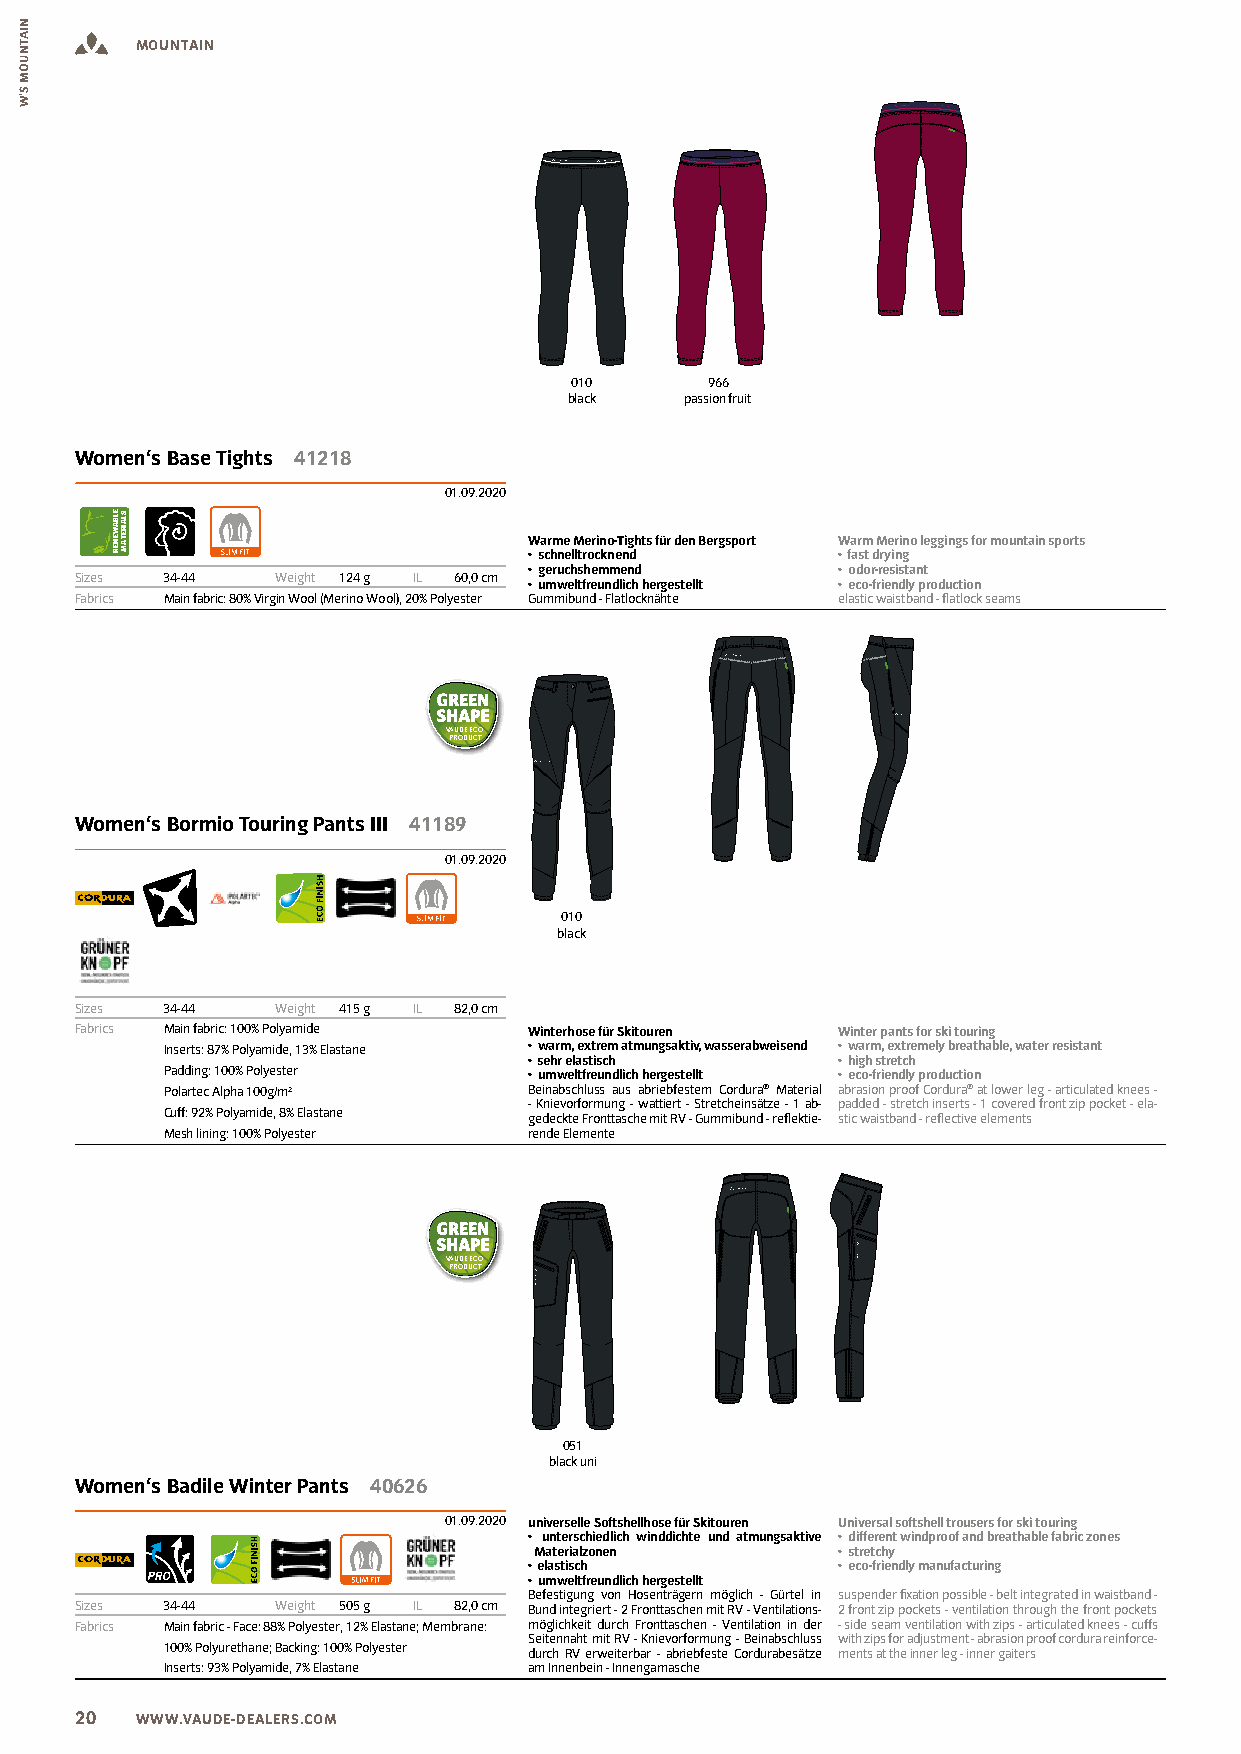
MOUNTAIN
 010      966
 black  passion fruit
 Women‘s Base Tights 41218
 01.09.2020
 Warme Merino-Tights für den Bergsport Warm Merino leggings for mountain sports
 • schnelltrocknend  • fast drying
 • geruchshemmend    • odor-resistant
 Sizes 34-44  Weight 124 g IL 60,0 cm
 • umweltfreundlich hergestellt • eco-friendly production
 Fabrics Main fabric: 80% Virgin Wool (Merino Wool), 20% Polyester Gummibund - Flatlocknähte elastic waistband - flatlock seams
 VAUDE ECO
 PRODUCT
 Women‘s Bormio Touring Pants III 41189
 01.09.2020
 010
 black
 Sizes 34-44  Weight 415 g IL 82,0 cm
 Fabrics Main fabric: 100% Polyamide Winterhose für Skitouren Winter pants for ski touring
 Inserts: 87% Polyamide, 13% Elastane • warm, extrem atmungsaktiv, wasserabweisend • warm, extremely breathable, water resistant
 • sehr elastisch    • high stretch
 Padding: 100% Polyester • umweltfreundlich hergestellt • eco-friendly production
 Polartec Alpha 100g/m²  Beinabschluss aus abriebfestem Cordura® Material abrasion proof Cordura® at lower leg - articulated knees -
 - Knievorformung - wattiert - Stretcheinsätze - 1 ab- padded - stretch inserts - 1 covered front zip pocket - ela-
 Cuff: 92% Polyamide, 8% Elastane
 gedeckte Fronttasche mit RV - Gummibund - reflektie- stic waistband - reflective elements
 Mesh lining: 100% Polyester rende Elemente
 VAUDE ECO
 PRODUCT
 051
 black uni
 Women‘s Badile Winter Pants 40626
 01.09.2020 universelle Softshellhose für Skitouren Universal softshell trousers for ski touring
 • unterschiedlich winddichte und atmungsaktive • different windproof and breathable fabric zones
 Materialzonen       • stretchy
 • elastisch         • eco-friendly manufacturing
 • umweltfreundlich hergestellt
 Befestigung von Hosenträgern möglich - Gürtel in suspender fixation possible - belt integrated in waistband -
 Sizes 34-44  Weight 505 g IL 82,0 cm Bund integriert - 2 Fronttaschen mit RV - Ventilations- 2 front zip pockets - ventilation through the front pockets
 Fabrics Main fabric - Face: 88% Polyester, 12% Elastane; Membrane: möglichkeit durch Fronttaschen - Ventilation in der - side seam ventilation with zips - articulated knees - cuffs
 Seitennaht mit RV - Knievorformung - Beinabschluss with zips for adjustment - abrasion proof cordura reinforce-
 100% Polyurethane; Backing: 100% Polyester durch RV erweiterbar - abriebfeste Cordurabesätze ments at the inner leg - inner gaiters
 Inserts: 93% Polyamide, 7% Elastane am Innenbein - Innengamasche
 20  WWW.VAUDE-DEALERS.COM
 NIATNUOM
 S’W
 ELBAWENER SLAIRETAM